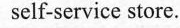
self-service store.